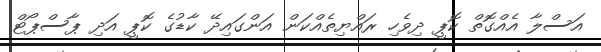
އަސްލާ އެއްގޮތް ކޮޕީ ދިވެހި ރައްޔިތެއްކަން އަންގައިދޭ ކާޑުގެ ކޮޕީ އަދި ޕާސްޕޯޓް